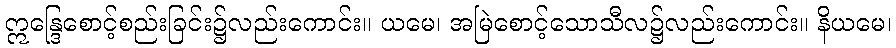
ဣန္ဒြေစောင့်စည်းခြင်း၌လည်းကောင်း။ ယမေ၊ အမြဲစောင့်သောသီလ၌လည်းကောင်း။ နိယမေ၊